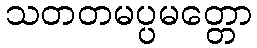
သတတမပ္ပမတ္တော